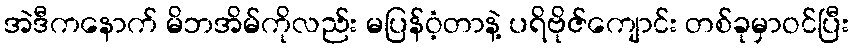
အဲဒီကနောက် မိဘအိမ်ကိုလည်း မပြန်ဝံ့တာနဲ့ ပရိဗိုဇ်ကျောင်း တစ်ခုမှာဝင်ပြီး